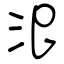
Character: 汜